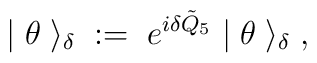
| \; \theta \; \rangle_\delta \; := \;e^{i \delta \tilde{Q}_5} \; | \; \theta \; \rangle_\delta \; ,